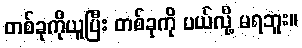
တစ်ခုကိုယူပြီး တစ်ခုကို ပယ်လို့ မရဘူး။